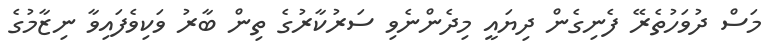
މަސް ދުވަހުތެރޭ ފެނިގެން ދިޔައީ މިދެންނެވި ސަރުކާރުގެ ތިން ބާރު ވަކިވެފައިވާ ނިޒާމުގެ